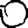
Digit: 0